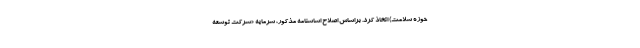
حوزه سلامت) اتخاذ کرد. براساس اصلاح اساسنامه مذکور، سرمایه «شرکت توسعه